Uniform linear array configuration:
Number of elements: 4
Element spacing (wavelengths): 0.5
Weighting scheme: blackman
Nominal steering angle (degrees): -15
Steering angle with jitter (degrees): -15.119
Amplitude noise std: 0.05
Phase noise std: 0.05

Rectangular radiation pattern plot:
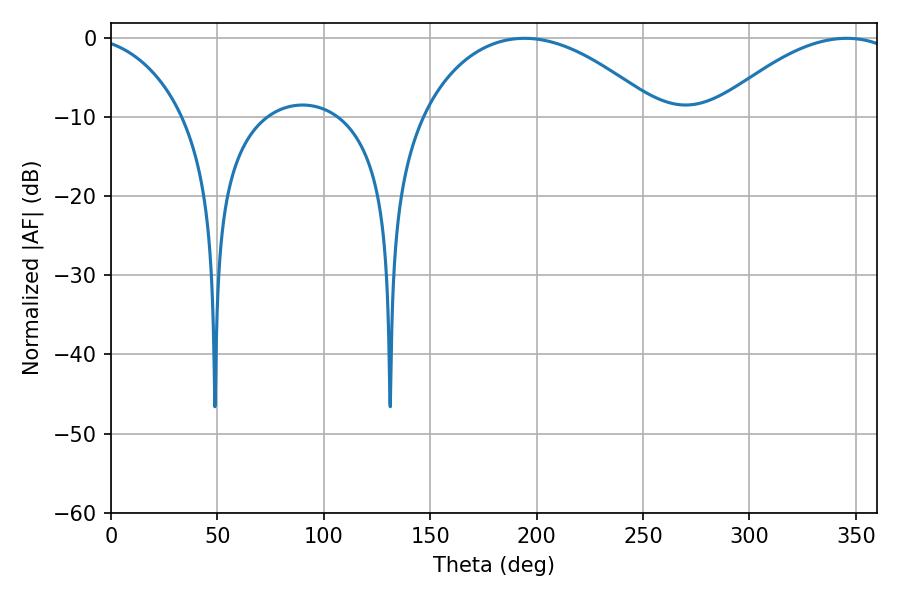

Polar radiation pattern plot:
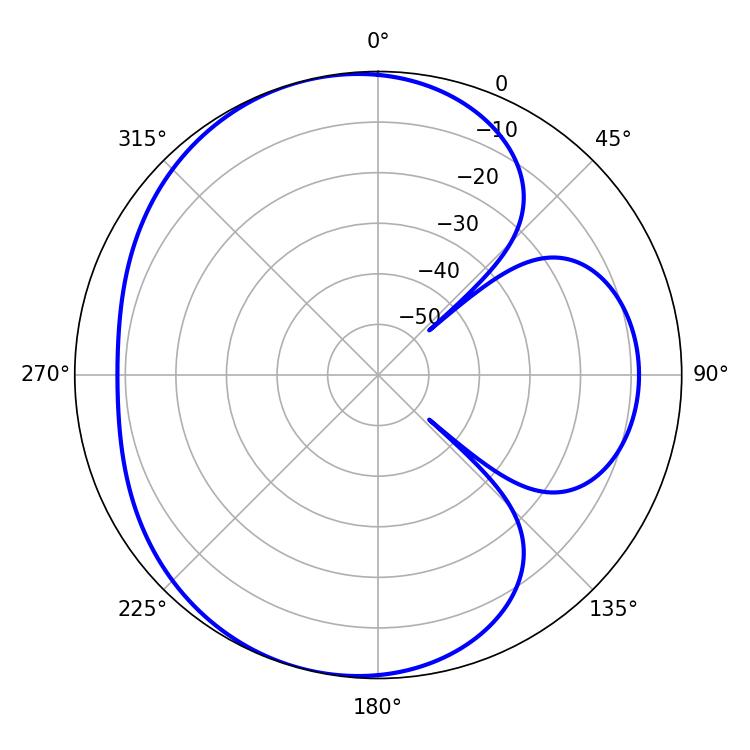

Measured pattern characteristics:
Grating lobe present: FALSE
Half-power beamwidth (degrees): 62.82
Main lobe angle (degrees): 194.22